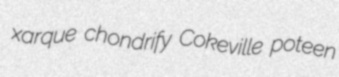
xarque chondrify Cokeville poteen